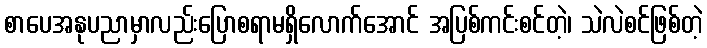
စာပေအနုပညာမှာလည်းပြောစရာမရှိလောက်အောင် အပြစ်ကင်းစင်တဲ့၊ သဲလဲစင်ဖြစ်တဲ့